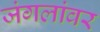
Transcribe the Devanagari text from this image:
जंगलांवर